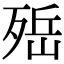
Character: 𣨡